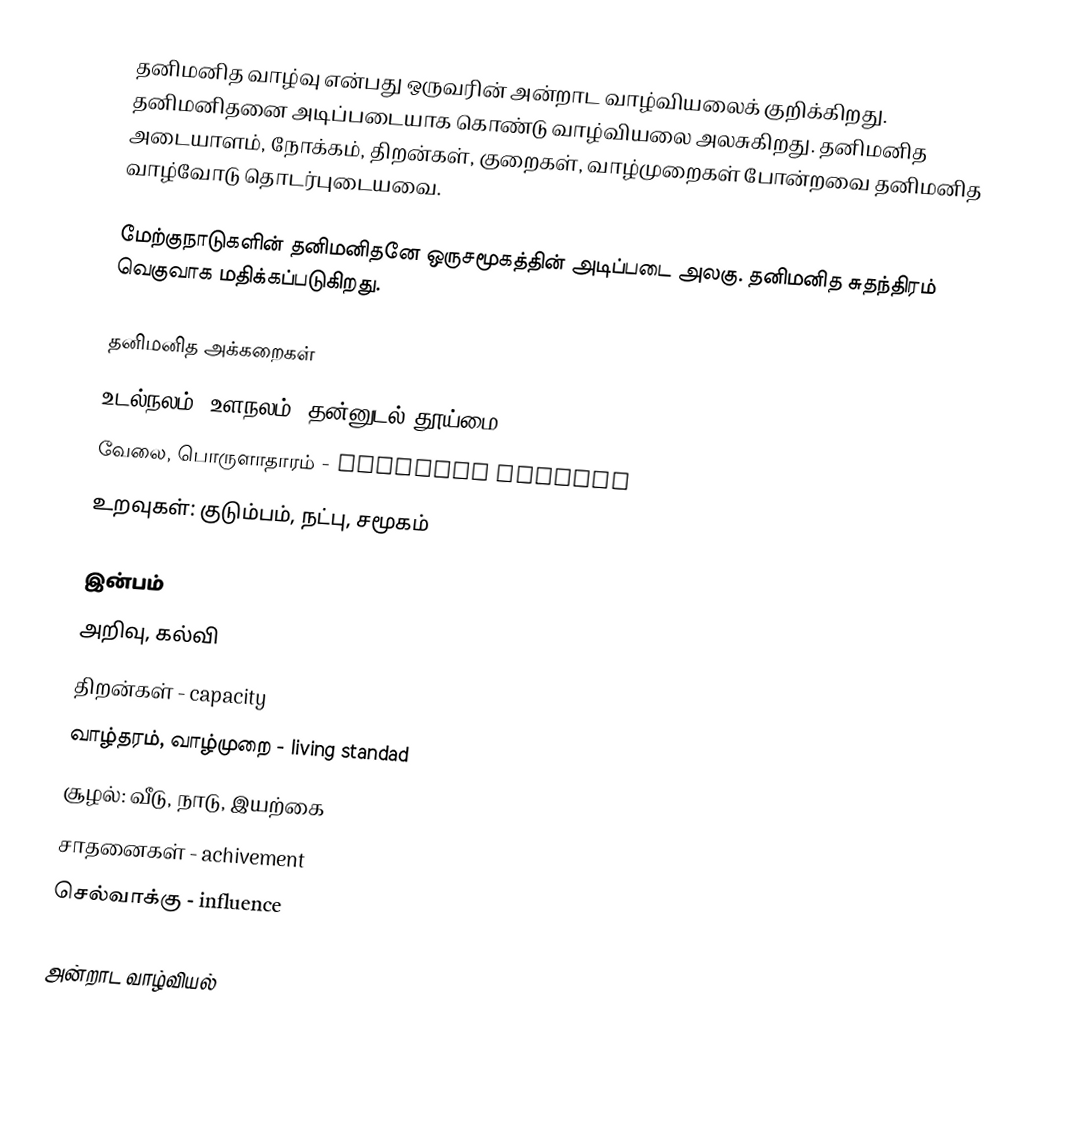
தனிமனித வாழ்வு என்பது ஒருவரின் அன்றாட வாழ்வியலைக் குறிக்கிறது.  தனிமனிதனை அடிப்படையாக கொண்டு வாழ்வியலை அலசுகிறது.  தனிமனித அடையாளம், நோக்கம், திறன்கள், குறைகள், வாழ்முறைகள் போன்றவை தனிமனித வாழ்வோடு தொடர்புடையவை.

மேற்குநாடுகளின் தனிமனிதனே ஒருசமூகத்தின் அடிப்படை அலகு.  தனிமனித சுதந்திரம் வெகுவாக மதிக்கப்படுகிறது.

தனிமனித அக்கறைகள்
 உடல்நலம், உளநலம், தன்னுடல் தூய்மை
 வேலை, பொருளாதாரம் - Personal finance
 உறவுகள்: குடும்பம், நட்பு, சமூகம்

 இன்பம்
 அறிவு, கல்வி
 திறன்கள் - capacity
 வாழ்தரம், வாழ்முறை - living standad
 சூழல்: வீடு, நாடு, இயற்கை
 சாதனைகள் - achivement
 செல்வாக்கு - influence

அன்றாட வாழ்வியல்